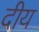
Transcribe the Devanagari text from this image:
दीय